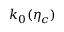
k _ { 0 } ( \eta _ { c } )